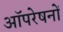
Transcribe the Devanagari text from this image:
आॅपरेषनों